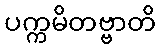
ပက္ကမိတဗ္ဗာတိ